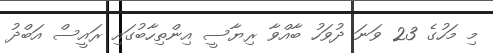
މި މަހުގެ 23 ވަނަ ދުވަހު ބާއްވާ ރިޔާސީ އިންތިހާބުގައި ރައީސް އަބްދު